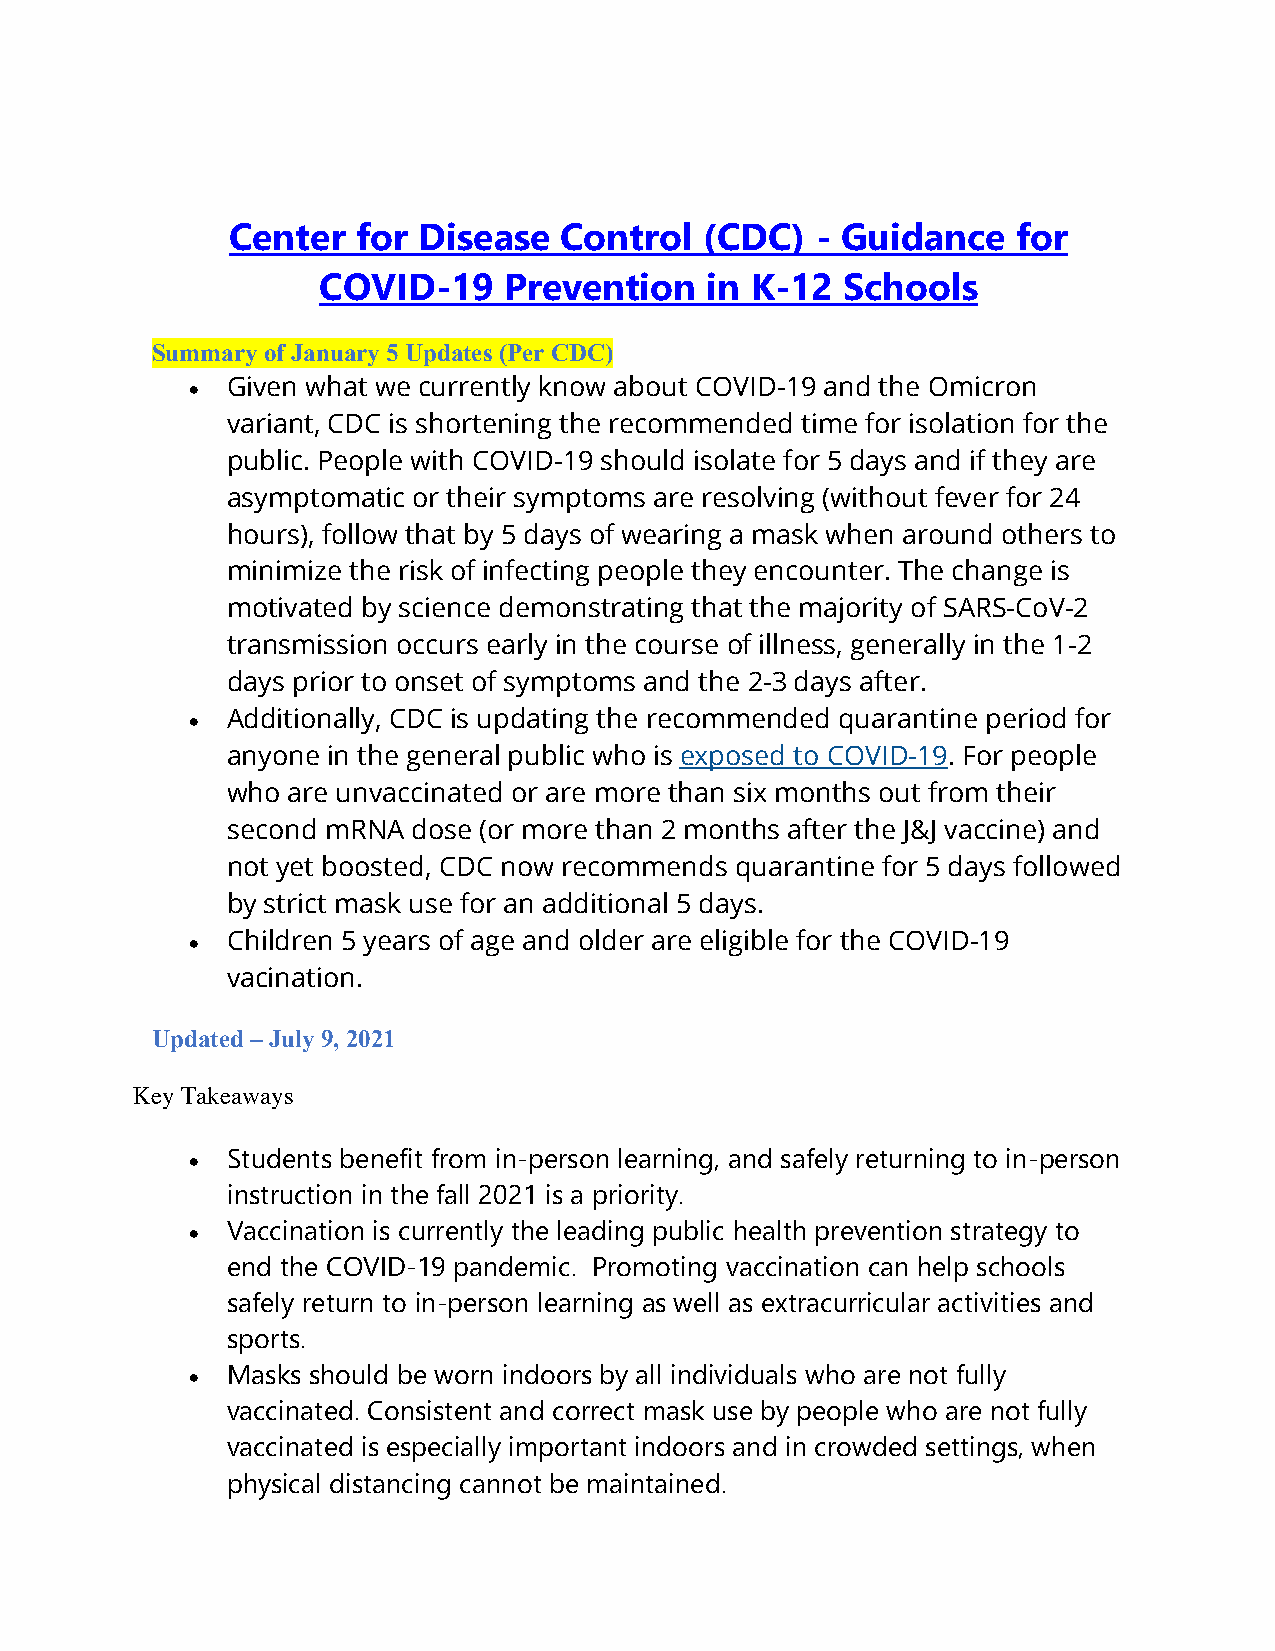
Center   for Disease  Control   (CDC)  - Guidance   for
 COVID-19    Prevention    in K-12  Schools
 Summary of January 5 Updates (Per CDC)
 • Given what we currently know about COVID-19 and the Omicron
 variant, CDC is shortening the recommended time for isolation for the
 public. People with COVID-19 should isolate for 5 days and if they are
 asymptomatic or their symptoms are resolving (without fever for 24
 hours), follow that by 5 days of wearing a mask when around others to
 minimize the risk of infecting people they encounter. The change is
 motivated by science demonstrating that the majority of SARS-CoV-2
 transmission occurs early in the course of illness, generally in the 1-2
 days prior to onset of symptoms and the 2-3 days after.
 • Additionally, CDC is updating the recommended quarantine period for
 anyone in the general public who is exposed to COVID-19. For people
 who are unvaccinated or are more than six months out from their
 second mRNA dose (or more than 2 months after the J&J vaccine) and
 not yet boosted, CDC now recommends quarantine for 5 days followed
 by strict mask use for an additional 5 days.
 • Children 5 years of age and older are eligible for the COVID-19
 vacination.
 Updated – July 9, 2021
 Key Takeaways
 • Students benefit from in-person learning, and safely returning to in-person
 instruction in the fall 2021 is a priority.
 • Vaccination is currently the leading public health prevention strategy to
 end the COVID-19 pandemic. Promoting vaccination can help schools
 safely return to in-person learning as well as extracurricular activities and
 sports.
 • Masks should be worn indoors by all individuals who are not fully
 vaccinated. Consistent and correct mask use by people who are not fully
 vaccinated is especially important indoors and in crowded settings, when
 physical distancing cannot be maintained.